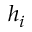
h _ { i }